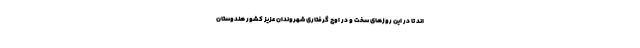
اند تا در این روزهای سخت و در اوج گرفتاری شهروندان عزیز کشور هندوستان